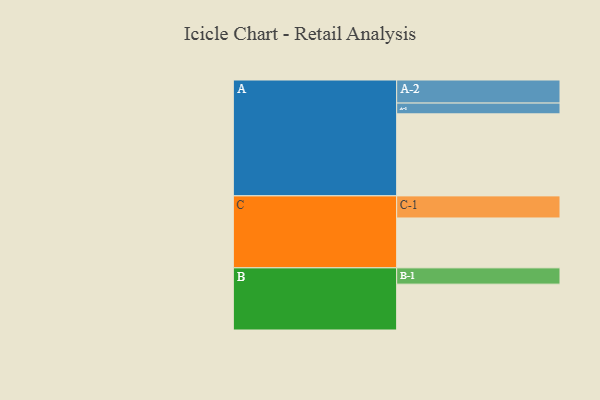
{"axis": {"x": "Segment", "y": "Value"}, "legend": ["", "A", "B", "C"], "data": [{"x": "A", "y": 594, "type": ""}, {"x": "B", "y": 332, "type": ""}, {"x": "C", "y": 361, "type": ""}, {"x": "A-1", "y": 78, "type": "A"}, {"x": "A-2", "y": 167, "type": "A"}, {"x": "B-1", "y": 118, "type": "B"}, {"x": "C-1", "y": 160, "type": "C"}]}